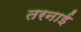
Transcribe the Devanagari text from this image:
तरनाई